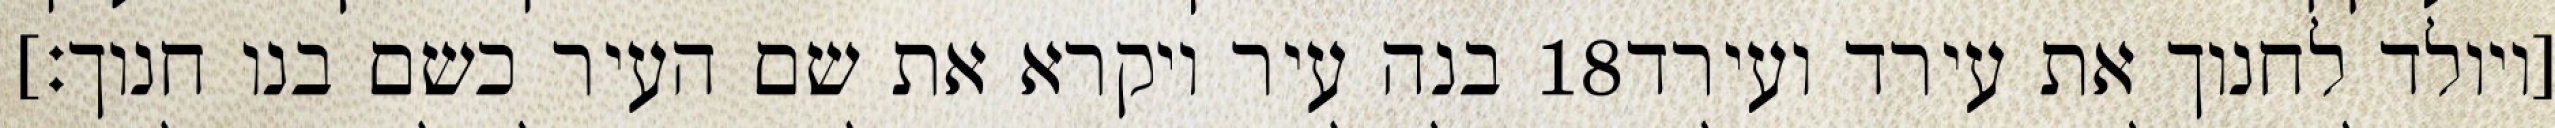
בנה עיר ויקרא את שם העיר כשם בנו חנוך׃] ‎18‏ [ויולד לחנוך את עירד ועירד